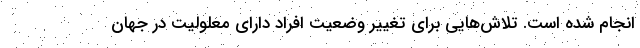
انجام شده است. تلاش‌هایی برای تغییر وضعیت افراد دارای معلولیت در جهان